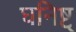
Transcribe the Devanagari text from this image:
घनिष्ट्